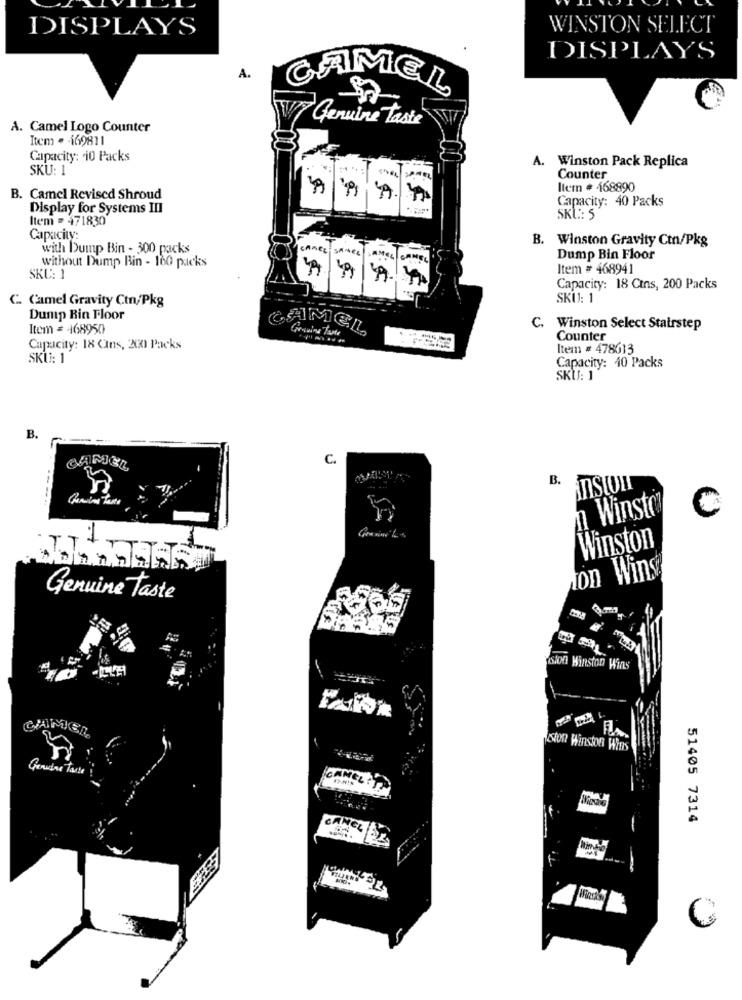
DISPLAYS
WINSTON SELECT
DISPLAYS
A.
CAMEL
Genuine Taste
A. Camel Logo Counter
Item . - i69811
Capacity: 10 Packs
SKU: 1
A. Winston Pack Replica
Counter
Itern # 468890
B. Camel Revised Shroud
Capacity: 40 Packs
Display for Systems III
Item = 471830
SKL: 5
Capacity:
B. Winston Gravity Ctn/Pkg
with Dump Bin - 300 packs
CAMEL SANEL JAMES
CAMEL
Dump Bin Floor
without Dump Bin - 160 packs
Item # 468941
SKU: 1
ARAY
Capacity: 18 Cins, 200 Packs
C. Camel Gravity Ctn/Pkg
SKU: 1
Dump Rin Floor
Item = 468950
CAMEL
C. Winston Select Stairstep
Genuine Tante
Counter
Capacity: 18 CIns, XX) Packs
Item # 478613
SKU: 1
Capacity: 40 Packs
SKU: 1
B.
C.
CAMEL
B.
AnSIOn
----.
n Winsto
C
Winston
con Wins
Genuine taste
Slon Winston Wins
CAAMICI
SIOn Winston Wins
Genuine Table
CAMEL!
51405 7314
CAMEL